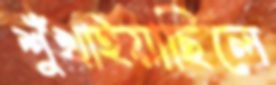
শুঁখাইয়াছিলে